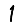
Digit: 1